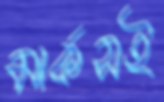
মার্কসই